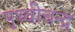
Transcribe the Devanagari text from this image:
पृथ्वीचन्द्र